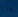
دانا